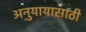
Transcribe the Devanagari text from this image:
अनुयायासाठी